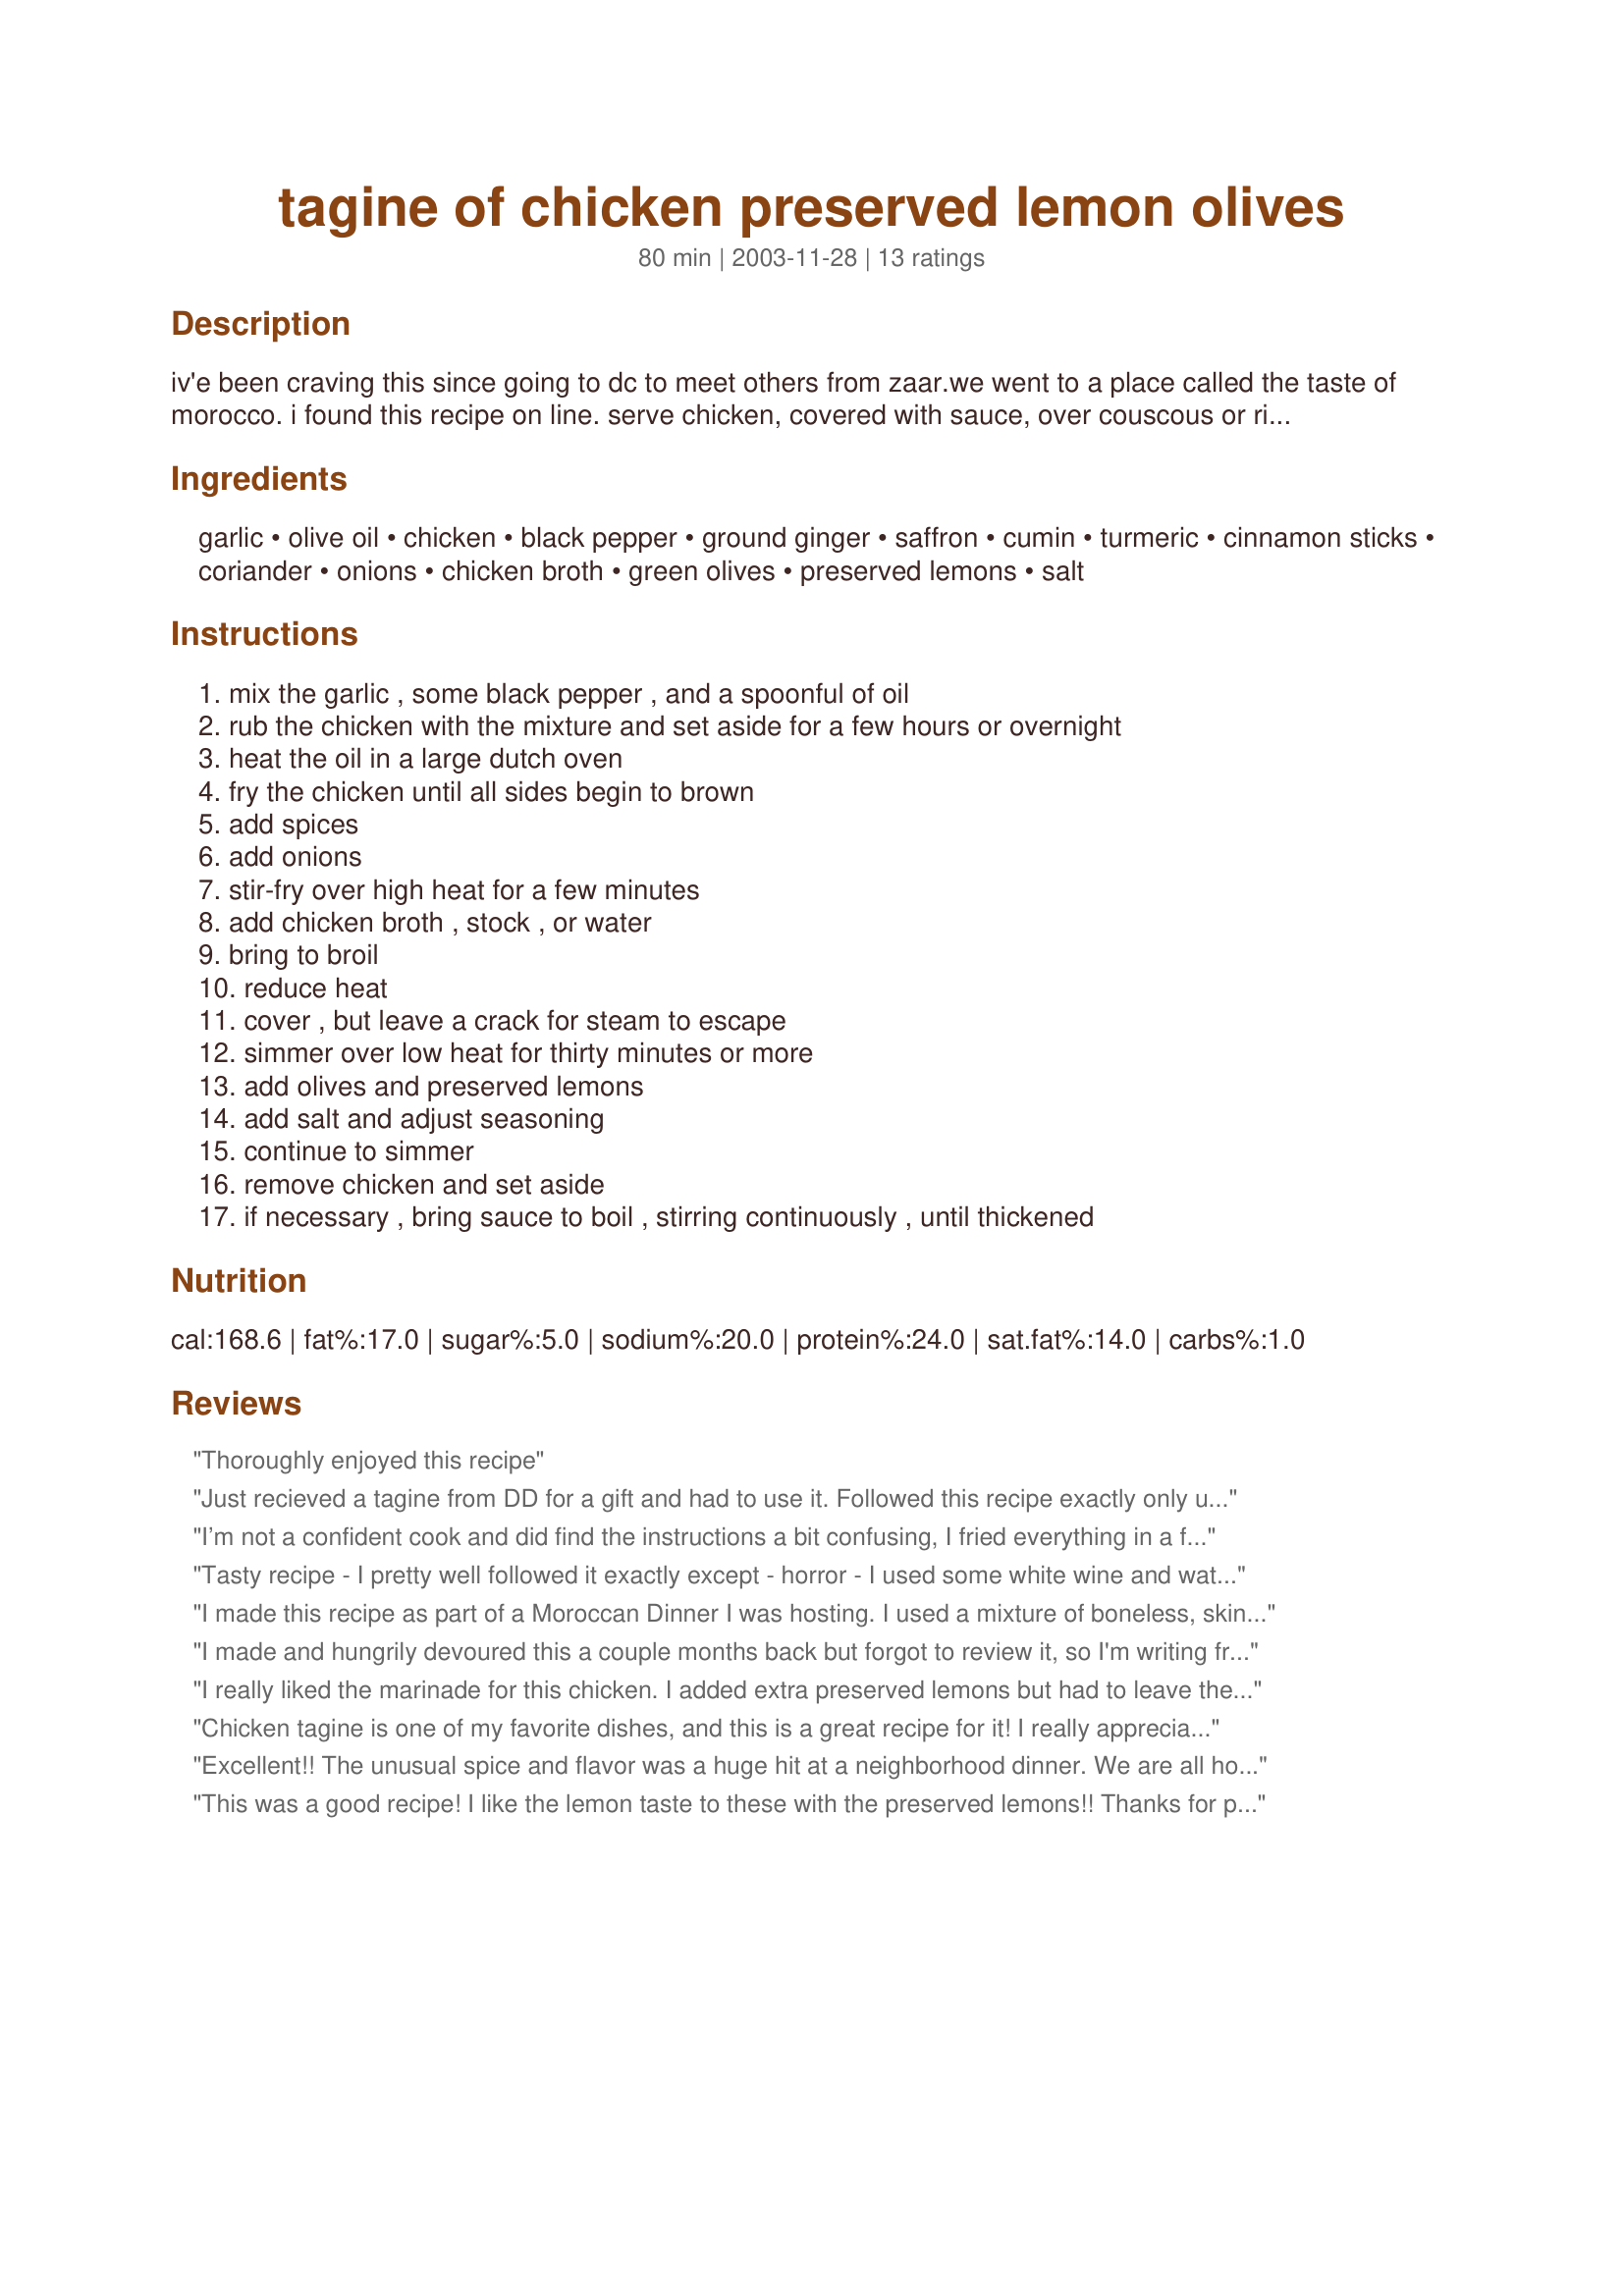
tagine of chicken preserved lemon olives
Preparation time: 80 minutes

iv'e been craving this since going to dc to meet others from zaar.we went to a place called the taste of morocco. i found this recipe on line. serve chicken, covered with sauce, over couscous or rice. have green tea with mint with or after the meal. this tagine -- the word, also spelled tajine, refers both to the cooking pot as well as a stew cooked in it -- is one of dozens of classic tagines prepared in northern africa, especially morocco. the tagine consists of two parts: a round pot (traditionally clay), and a conical cover with a small hole which allows some steam to escape. a large dutch oven or something similar can also be used. check out

Ingredients:
garlic, olive oil, chicken, black pepper, ground ginger, saffron, cumin, turmeric, cinnamon sticks, coriander, onions, chicken broth, green olives, preserved lemons, salt

Steps:
mix the garlic , some black pepper , and a spoonful of oil, rub the chicken with the mixture and set aside for a few hours or overnight, heat the oil in a large dutch oven, fry the chicken until all sides begin to brown, add spices, add onions, stir-fry over high heat for a few minutes, add chicken broth , stock , or water, bring to broil, reduce heat, cover , but leave a crack for steam to escape, simmer over low heat for thirty minutes or more, add olives and preserved lemons, add salt and adjust seasoning, continue to simmer, remove chicken and set aside, if necessary , bring sauce to boil , stirring continuously , until thickened

Reviews:
Thoroughly enjoyed this recipe
Just recieved a tagine from DD for a gift and had to use it. Followed this recipe exactly only used lamb shanks instead of chicken as that's what DH was requesting. Served over steamed white rice and it was the perfect meal. At first sounded like a lot of steps, but really went together easy. The combination of flavors was unique, kind of sweet and tangy. Thanks Rita for clear instructions to guide me through the use of my tangine. Next I'll try this with chicken.
I’m not a confident cook and did find the instructions a bit confusing, I fried everything in a frying pan then transferred to a large cooking pot and put in oven for half hour, I used every ingredient that was suggested and OMG it was THE tastiest thing I’ve ever eaten!
Tasty recipe - I pretty well followed it exactly except - horror - I used some white wine and water instead of stock. I also used black kalamata olives, instead of green olives, because that's what I had in the fridge. I cooked this because I had some leftover preserved lemons and I wasn't disappointed,
I made this recipe as part of a Moroccan Dinner I was hosting. I used a mixture of boneless, skinless chicken thighs and breasts. I used green olives that I pitted myself rather than a stuffed olive. Good flavours. Easy to make. Thanks Rita L.
I made and hungrily devoured this a couple months back but forgot to review it, so I'm writing from memory. (First I made Rita's preserved lemons--#77521)--a process that took 3 weeks.) This is one lemon chicken recipe that REALLY is lemony. Despite the large number of steps in the instructions it's actually pretty easy to make. I had no saffron but did use coriander and a wee bit of cinnamon. I also omitted the olives. Liked it a lot!
I really liked the marinade for this chicken. I added extra preserved lemons but had to leave the olives out because I forget them at the store. Thanks Rita! I will make this one again!
Chicken tagine is one of my favorite dishes, and this is a great recipe for it! I really appreciate the flexibility of the spices. I used two fresh meyer lemons instead of preserved lemons, and I was out of chicken stock, so I used water and some white wine and let the sauce simmer down at little at the end of cooking. Delicious over rice!
Excellent!! The unusual spice and flavor was a huge hit at a neighborhood dinner. We are all hooked on the Tagine. I used Egyptian pickeled lemons, preserved not available in my area, and gracked green olives. What a meal! Thanks for the recipe. Duke
This was a good recipe! I like the lemon taste to these with the preserved lemons!! Thanks for posting
Delicious- ending up tasting very similar to curry chicken from my native home of Trinidad. We don't like olives so I omitted and just added a spicy Olive Muffalata relish from That Pickle Guy brand at the end for some spice and a little olive flavor (this muffalata is very hot & spicy). Without it, the sauce would have been too bland for our tastes in terms of spicy-ness. That's just us though. If it weren't that, we would've added a little habanero..lol. I upped the recipe to 16 servings since we had 3 lbs of chicken. That called for about 3 cups of chicken broth but it ended up being way too watery (I couldn't imagine making this with water over broth). So I had to add another serving of the spices to mix in and I actually had to simmer down the sauce for about 1.5 hours. I just kept checking on it until the sauce tasted right. By then, the chicken is broken up and soft. It came out more like pulled chicken the more I stirred. I also didn't use the preserves. I just added fresh lemon juice to taste and a little salt to taste since my chicken broth was the full sodium version. Definitely will be a staple. I just had to play with the spices to get it to the flavor we like. I'm giving a 4 because the sauce was watery and next time I make it I'll have to add even more spices because it still needed more. I recommend you taste it as you go to determine just how much spice is need.
ZWT6: This recipe definitely tickled the tastebuds!! Delicious Rita!
Just wonderful! Made exactly according to the recipe using the saffron, cumin and turmeric and omitting the other optional ingredients and using preserved lemons. The whole family gave it two thumbs up. Easy to make with complicated and delicious flavor!
